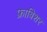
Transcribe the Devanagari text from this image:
फ्राबिशर